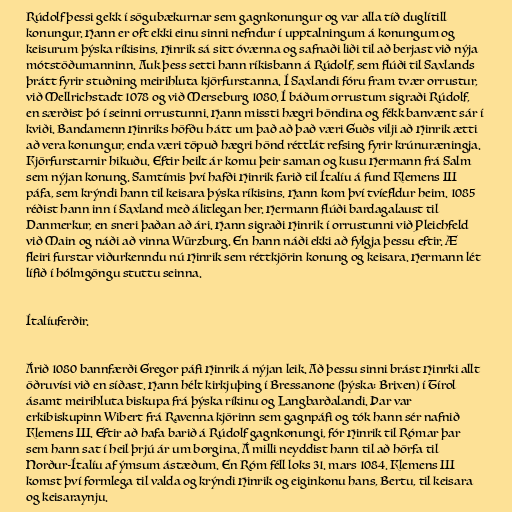
Rúdolf þessi gekk í sögubækurnar sem gagnkonungur og var alla tíð duglítill
konungur. Hann er oft ekki einu sinni nefndur í upptalningum á konungum og
keisurum þýska ríkisins. Hinrik sá sitt óvænna og safnaði liði til að berjast við nýja
mótstöðumanninn. Auk þess setti hann ríkisbann á Rúdolf, sem flúði til Saxlands
þrátt fyrir stuðning meirihluta kjörfurstanna. Í Saxlandi fóru fram tvær orrustur,
við Mellrichstadt 1078 og við Merseburg 1080. Í báðum orrustum sigraði Rúdolf,
en særðist þó í seinni orrustunni. Hann missti hægri höndina og fékk banvænt sár í
kviði. Bandamenn Hinriks höfðu hátt um það að það væri Guðs vilji að Hinrik ætti
að vera konungur, enda væri töpuð hægri hönd réttlát refsing fyrir krúnuræningja.
Kjörfurstarnir hikuðu. Eftir heilt ár komu þeir saman og kusu Hermann frá Salm
sem nýjan konung. Samtímis því hafði Hinrik farið til Ítalíu á fund Klemens III
páfa, sem krýndi hann til keisara þýska ríkisins. Hann kom því tvíefldur heim. 1085
réðist hann inn í Saxland með álitlegan her. Hermann flúði bardagalaust til
Danmerkur, en sneri þaðan að ári. Hann sigraði Hinrik í orrustunni við Pleichfeld
við Main og náði að vinna Würzburg. En hann náði ekki að fylgja þessu eftir. Æ
fleiri furstar viðurkenndu nú Hinrik sem réttkjörin konung og keisara. Hermann lét
lífið í hólmgöngu stuttu seinna.

Ítalíuferðir.

Árið 1080 bannfærði Gregor páfi Hinrik á nýjan leik. Að þessu sinni brást Hinrki allt
öðruvísi við en síðast. Hann hélt kirkjuþing í Bressanone (þýska: Brixen) í Tírol
ásamt meirihluta biskupa frá þýska ríkinu og Langbarðalandi. Þar var
erkibiskupinn Wibert frá Ravenna kjörinn sem gagnpáfi og tók hann sér nafnið
Klemens III. Eftir að hafa barið á Rúdolf gagnkonungi, fór Hinrik til Rómar þar
sem hann sat í heil þrjú ár um borgina. Á milli neyddist hann til að hörfa til
Norður-Ítalíu af ýmsum ástæðum. En Róm féll loks 31. mars 1084. Klemens III
komst því formlega til valda og krýndi Hinrik og eiginkonu hans, Bertu, til keisara
og keisaraynju.